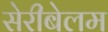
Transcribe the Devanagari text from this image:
सेरीबेलम